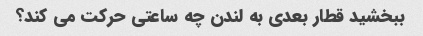
ببخشید قطار بعدی به لندن چه ساعتی حرکت می کند؟